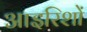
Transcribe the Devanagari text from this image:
आइरिशों